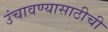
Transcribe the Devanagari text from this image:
उंचावण्यासाठीची